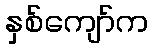
နှစ်ကျော်က